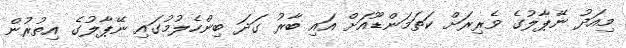
މިއަދު ނޭޕާލުގެ ވެރިރަށް ކަތަމަންޑޫއަށް އައި ބާރު ގަދަ ބިންހެލުމުގައި ނޭޕާލުގެ އިތުރުން